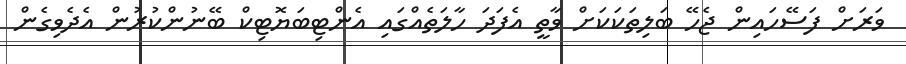
ވަރަށް ފަސޭހައިން ޖެހޭ ބަލިތަކަކަށް ވާތީ އެފަދަ ހާލަތެއްގައި އެންޓިބަޔޮޓިކް ބޭނުންކުރުން އެދެވިގެން